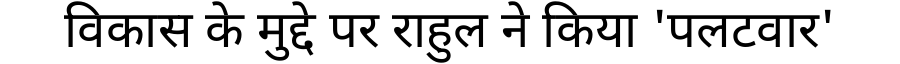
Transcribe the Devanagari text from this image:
विकास के मुद्दे पर राहुल ने किया 'पलटवार'